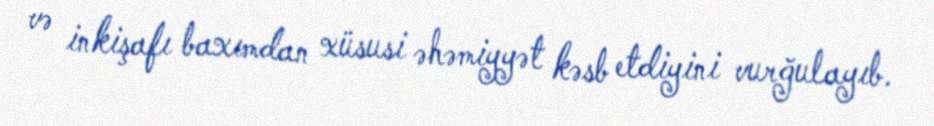
və inkişafı baxımdan xüsusi əhəmiyyət kəsb etdiyini vurğulayıb.